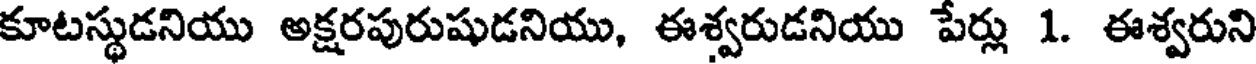
కూటస్థుడనియు అక్షరపురుషుడనియు, ఈశ్వరుడనియు పేర్లు 1. ఈశ్వరుని